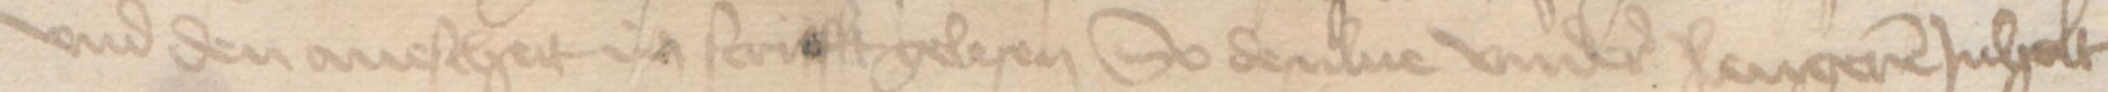
vnd den auescheit in scrifft gelesen So desulue vndere langeren Jnholt